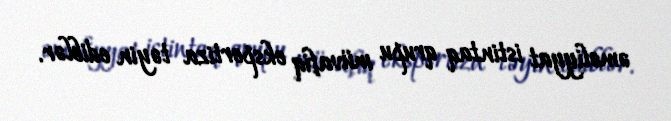
əməliyyat istintaq qrupu müvafiq ekspertiza təyin ediblər.